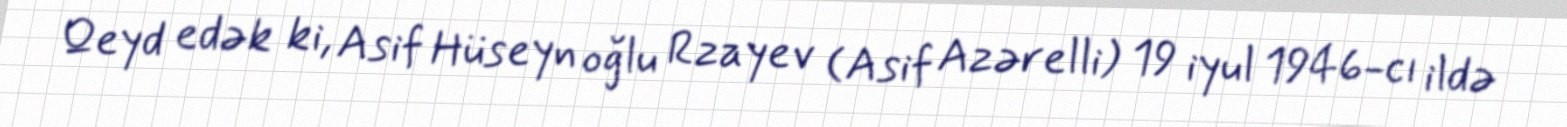
Qeyd edək ki, Asif Hüseyn oğlu Rzayev (Asif Azərelli) 19 iyul 1946-cı ildə